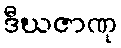
ဒီဃဇာဏု